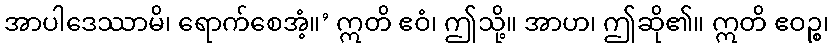
အာပါဒေဿာမိ၊ ရောက်စေအံ့။’ ဣတိ ဧဝံ၊ ဤသို့။ အာဟ၊ ဤဆို၏။ ဣတိ ဧဝဉ္စ၊